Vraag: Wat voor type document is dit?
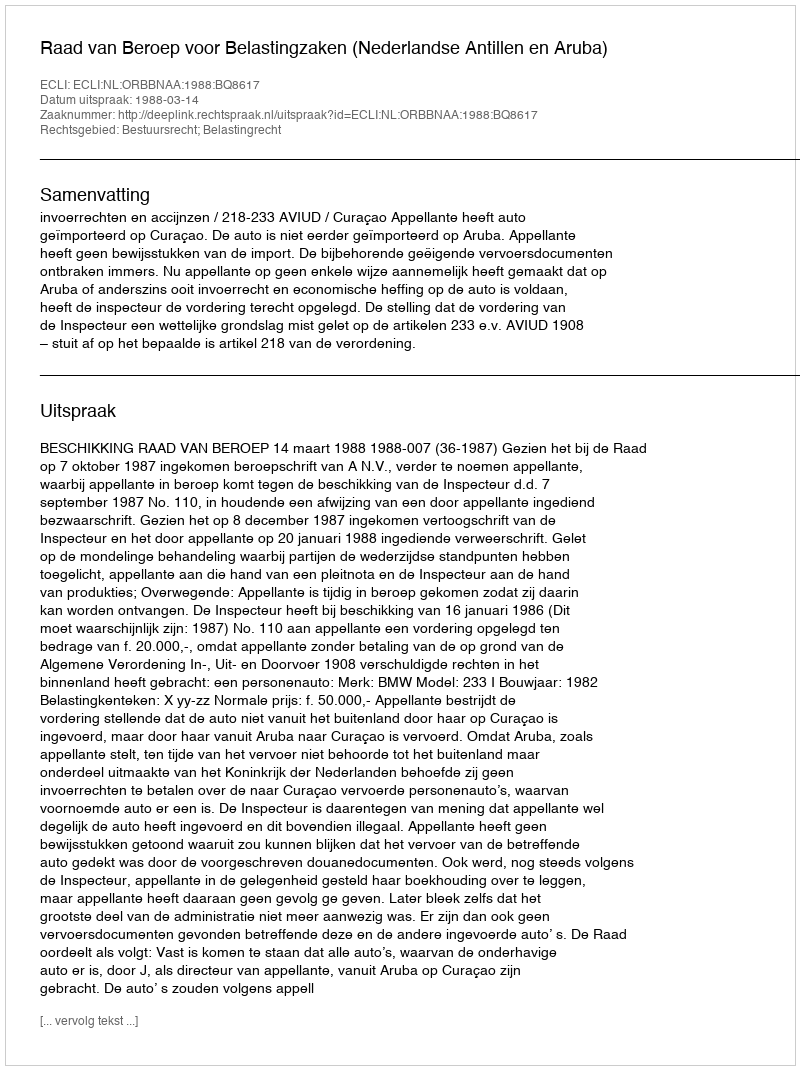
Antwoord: Uitspraak